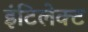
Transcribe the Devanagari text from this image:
इंटिलेक्ट